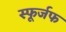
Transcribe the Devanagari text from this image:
स्फूर्जफ